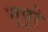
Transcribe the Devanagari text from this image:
नुपुरे